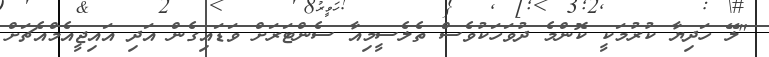
"ލޭ ހަދިޔާ ކުރުމަކީ ކޮންމެ ދުވަހަކުވެސް ތެލެސީމިއާ ސެންޓަރަށް ވަޑައިގެން އަދި އައިޖީއެމްއެޗަށް